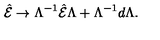
\hat { \cal E } \rightarrow \Lambda ^ { - 1 } \hat { \cal E } \Lambda + \Lambda ^ { - 1 } d \Lambda .